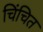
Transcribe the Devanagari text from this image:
चिंचित